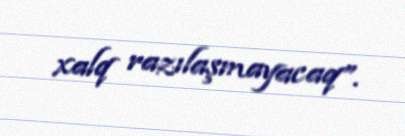
xalq razılaşmayacaq”.